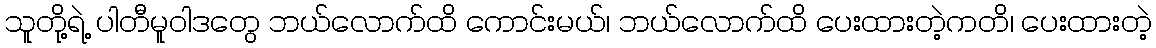
သူတို့ရဲ့ ပါတီမူဝါဒတွေ ဘယ်လောက်ထိ ကောင်းမယ်၊ ဘယ်လောက်ထိ ပေးထားတဲ့ကတိ၊ ပေးထားတဲ့